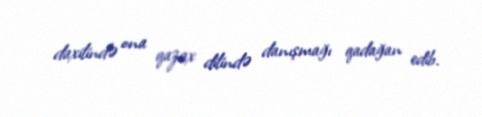
daxilində ona qazax dilində danışmağı qadağan edib.